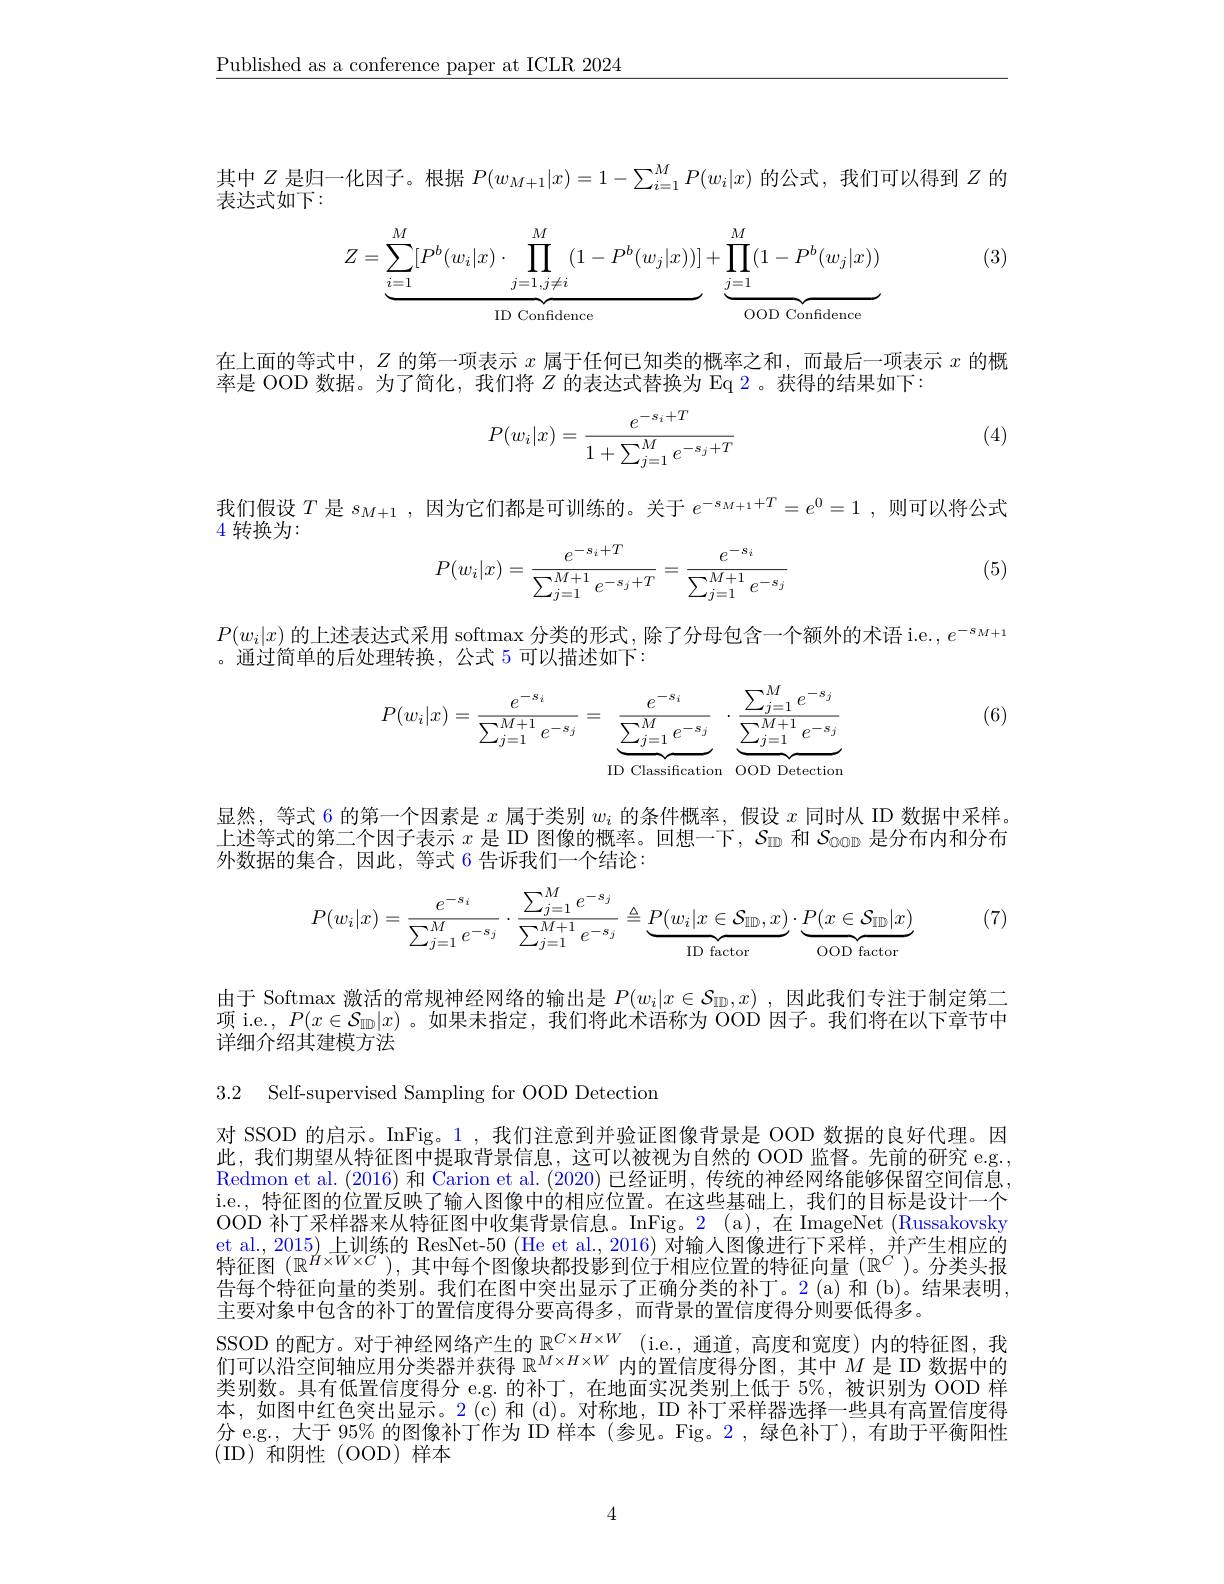
$\underline{\text{Published as a conference paper at ICLR 2024}}$

其中$Z$是归一化因子。根据$P(w_{M+1}|x)=1-\sum_{i=1}^MP(w_i|x)$的公式，我们可以得到$Z$的
表达式如下：

(3)
$$Z=\sum_{i=1}^{M}[P^{b}(w_{i}|x)\cdot\prod_{j=1,j\neq i}^{M}(1-P^{b}(w_{j}|x))]+\underbrace{\prod_{j=1}^{M}(1-P^{b}(w_{j}|x))}_{\text{ID Confidence}}$$
在上面的等式中，$Z$的第一项表示$x$属于任何已知类的概率之和，而最后一项表示$x$的概
率是 OOD 数据。为了简化，我们将$Z$的表达式替换为 Eq 2。获得的结果如下：

(4)
$$P(w_i|x)=\frac{e^{-s_i+T}}{1+\sum_{j=1}^Me^{-s_j+T}}$$
我们假设$T$是$s_{M+1}$ ,因为它们都是可训练的。关于$e^{-s_{M+1}+T}=e^0=1$ ,则可以将公式

4转换为：

(5)
$$P(w_i|x)=\frac{e^{-s_i+T}}{\sum_{j=1}^{M+1}e^{-s_j+T}}=\frac{e^{-s_i}}{\sum_{j=1}^{M+1}e^{-s_j}}$$
$P(w_i|x)$的上述表达式采用 softmax 分类的形式，除了分母包含一个额外的术语 i.e.$,e^-s_M+1$
。通过简单的后处理转换，公式 5 可以描述如下：

(6)
$$P(w_i|x)=\frac{e^{-s_i}}{\sum_{j=1}^{M+1}e^{-s_j}}=\underbrace{\frac{e^{-s_i}}{\sum_{j=1}^{M}e^{-s_j}}}_{\text{ID Classification}}\cdot\underbrace{\frac{\sum_{j=1}^{M}e^{-s_j}}{\sum_{j=1}^{M+1}e^{-s_j}}}_{\text{OOD Detection}}$$
显然，等式 6 的第一个因素是$x$属于类别$w_i$的条件概率，假设$x$同时从 ID 数据中采样。上述等式的第二个因子表示$x$是 ID 图像的概率。回想一下，$S_\mathrm{ID}$和$S_\mathrm{oon}$是分布内和分布外豹据的集合、因此、等式 6 告诉我们一个结论

(7)
$$P(w_i|x)=\frac{e^{-s_i}}{\sum_{j=1}^Me^{-s_j}}\cdot\frac{\sum_{j=1}^Me^{-s_j}}{\sum_{j=1}^{M+1}e^{-s_j}}\triangleq\underbrace{P(w_i|x\in\mathcal{S}_{\text{ID}},x)}_{\text{ID factor}}\cdot\underbrace{P(x\in\mathcal{S}_{\text{ID}}|x)}_{\text{OOD factor}}$$
由于 Softmax 激活的常规神经网络的输出是$P(w_i|x\in\mathcal{S}_{\mathbb{ID}},x)$ ,因此我们专注于制定第二项 i.e., $P(x\in\mathcal{S}_{\mathbb{D}\mathbb{D}}|x)$ 。如果未指定，我们将此术语称为 OOD 因子。我们将在以下章节中详细介绍其建模方法

3.2 Self-supervised Sampling for OOD Detection

对 SSOD 的启示。InFig。1 ,我们注意到并验证图像背景是 OOD 数据的良好代理。因此，我们期望从特征图中提取背景信息，这可以被视为自然的 OOD 监督。先前的研究 e.g. Redmon et al. ( 2016) 和 Carion et al.(2020)已经证明，传统的神经网络能够保留空间信息， i.e., 特征图的位置反映了输入图像中的相应位置。在这些基础上，我们的目标是设计一个ODD 补 丁 采 样 器 来 从 特 征 图 中 收 集 背 景 信 息 。InFig. 2( a) , 在 ImageNet( Russakovsky et al. , 2015) 上 训 练 的 ResNet- 50 ( He tal. 2016) 对 输 人 图 像 进 行 下 采 样 , 并 产 生 相 应 的 特 征 图 $( \mathbb{R} ^{H\times W\times C}) , \text{其 中 每 个 图 像 块 都 投 影 到 位 于 相 应 位 置 的 特 征 向 量 ( R}^{C})$。分 类 头 报 告 每 个 特 征 向 量 的 类 别 。我 们 在 图 中 突 出 显 示 了 正 确 分 类 的 补 丁 。2( a) 和 ( b) 。结 果 表 明 , 告每个特征向量的类别。我们在图中突出显示了正确分类的补丁。2(a)和(b)。结果表明， 主要对象中包含的补丁的置信度得分要高得多，而背景的置信度得分则要低得多。
SSOD 的配方。对于神经网络产生的$\mathbb{R} ^{C\times H\times W}$ ( i. e. , 通 道 , 高 度 和 宽 度 ) 内的特征图，我们可以沿空间轴应用分类器并获得$\mathbb{R}^M\times H\times W$内的置信度得分图，其中$M$是 ID 数据中的类别数。具有低置信度得分 e.g. 的补丁，在地面实况类别上低于 5%,被识别为 OOD 样本，如图中红色突出显示。2(c)和(d)。对称地，ID 补丁采样器选择一些具有高置信度得分 e.g., 大于 95% 的图像补丁作为 ID 样本 (参见。Fig。2,绿色补丁),有助于平衡阳性(ID)和阴性(OOD)样本

4